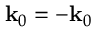
{ \bf k } _ { 0 } = - { \bf k } _ { 0 }